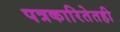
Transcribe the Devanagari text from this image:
पत्रकारितेतही